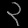
Digit: ၃